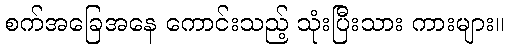
စက်အခြေအနေ ကောင်းသည့် သုံးပြီးသား ကားများ။